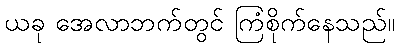
ယခု အေလာဘက်တွင် ကြံစိုက်နေသည်။